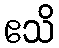
ဧသိ